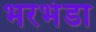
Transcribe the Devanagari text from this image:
भरभंडा